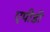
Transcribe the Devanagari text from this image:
एपीडी